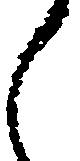
し